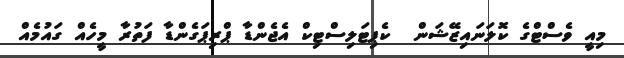
މިއީ ވެސްޓްގެ ކޮލަނައިޒޭޝަން  ކެޕިޓަލިސްޓިކް އެޖެންޑާ ޕްރިޕަގެންޑާ ފަތުރާ މީހެއް ގައުމެއް